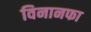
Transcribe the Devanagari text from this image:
विनानफा